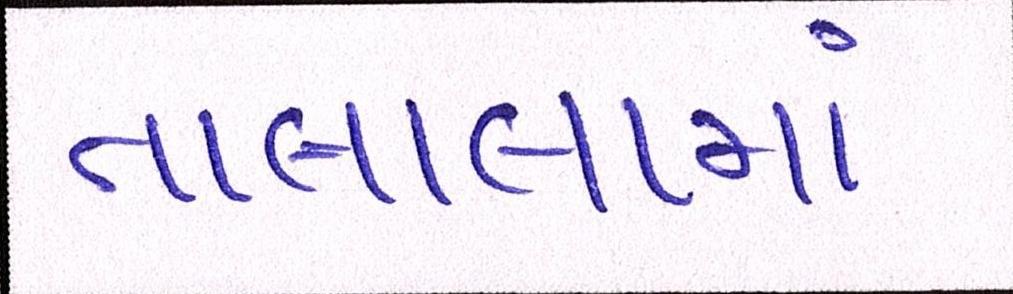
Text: તાલાલામાં